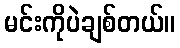
မင်းကိုပဲချစ်တယ်။